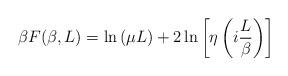
LaTeX: \begin{align*}\beta F(\beta,L)=\ln{(\mu L)}+2\ln{\left[\eta\left(i\frac{L}{\beta} \right)\right]}\end{align*}